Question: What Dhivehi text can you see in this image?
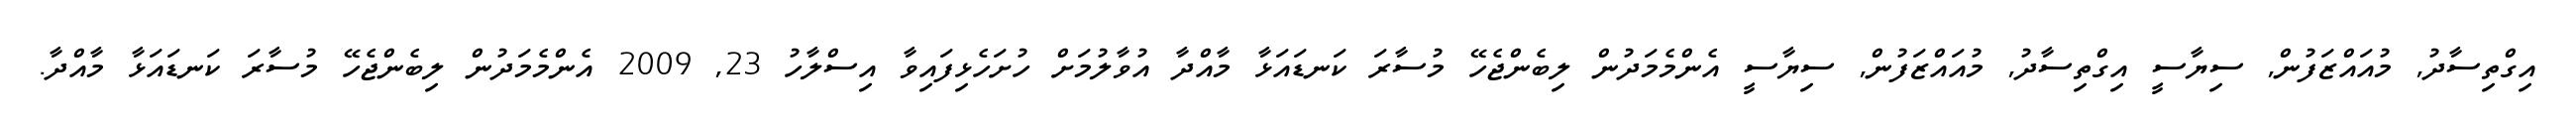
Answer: އިގްތިސާދު, މުއައްޒަފުން, ސިޔާސީ އިގްތިސާދު, މުއައްޒަފުން, ސިޔާސީ އެންމެމަދުން ލިބެންޖެހޭ މުސާރަ ކަނޑައަޅާ މާއްދާ އުވާލުމަށް ހުށަހެޅިފައިވާ އިސްލާހު 23, 2009 އެންމެމަދުން ލިބެންޖެހޭ މުސާރަ ކަނޑައަޅާ މާއްދާ.